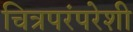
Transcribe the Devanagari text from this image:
चित्रपरंपरेशी